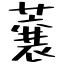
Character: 蘘